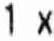
1 X